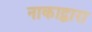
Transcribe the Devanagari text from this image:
नाकाद्वारा